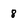
Character: 8